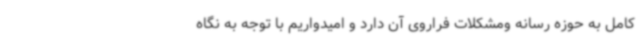
کامل به حوزه رسانه ومشکلات فراروی آن دارد و امیدواریم با توجه به نگاه